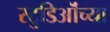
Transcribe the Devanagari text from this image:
स्टुडिऒंच्या